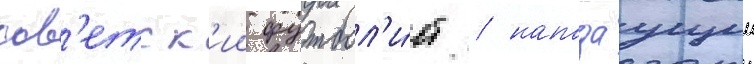
сов'етск'ии футбол'и́ст / нападаущии